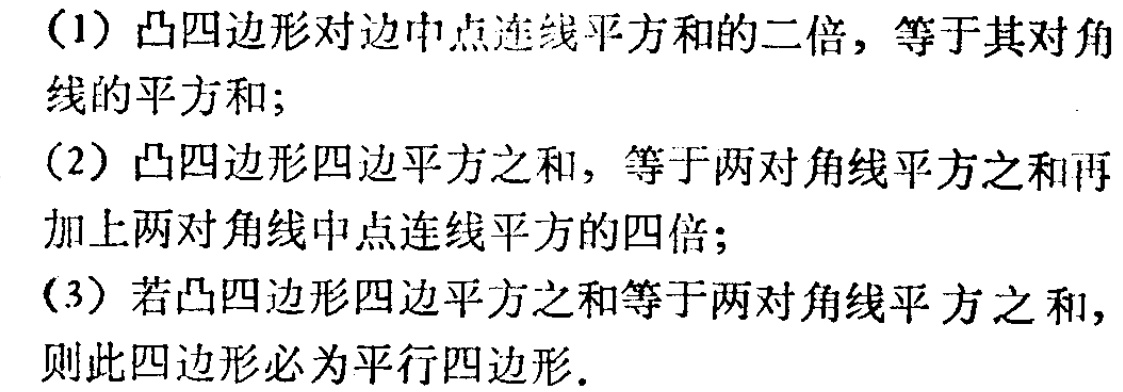
（1）凸四边形对边中点连线平方和的二倍，等于其对角线的平方和；
（2）凸四边形四边平方之和，等于两对角线平方之和再加上两对角线中点连线平方的四倍；
（3）若凸四边形四边平方之和等于两对角线平方之和，则此四边形必为平行四边形．